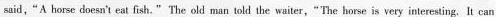
said,"A horse doesn't eat fish."The old man told the waiter,"The horse is very interesting. It can